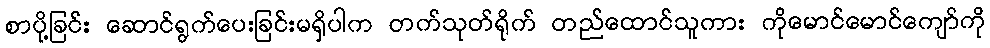
စာပို့ခြင်း ဆောင်ရွက်ပေးခြင်းမရှိပါက တက်သုတ်ရိုက် တည်ထောင်သူကား ကိုမောင်မောင်ကျော်ကို